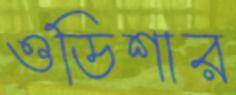
ওডিশার